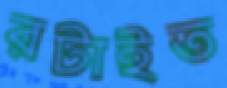
রটাইত